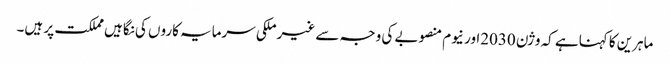
ماہرین کا کہناہے کہ وژن 2030اور نیوم منصوبے کی وجہ سے غیر ملکی سرمایہ کاروں کی نگاہیں مملکت پر ہیں۔